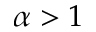
\alpha > 1